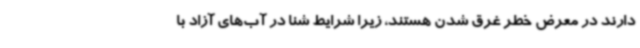
دارند در معرض خطر غرق شدن هستند، زیرا شرایط شنا در آب‌های آزاد با